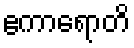
ဧကာရောတိ